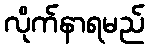
လိုက်နာရမည်